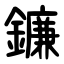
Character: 鐮